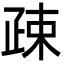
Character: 疎